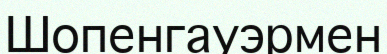
Шопенгауэрмен